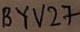
Text: BYV27